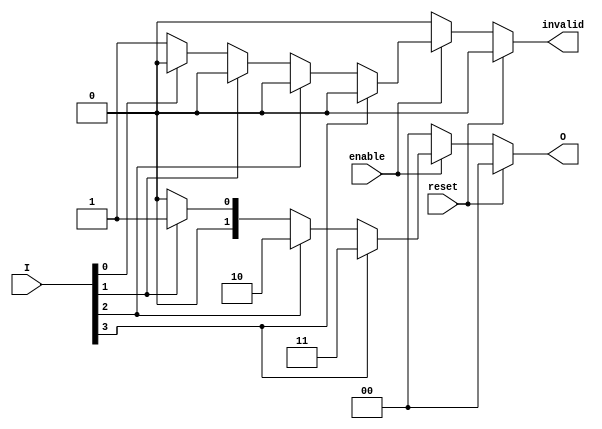
module relative_encoder (
    input wire [3:0] I,        // 4 input lines
    input wire enable,          // Enable signal
    input wire reset,           // Synchronous reset signal
    output reg [1:0] O,         // 2-bit output lines
    output reg invalid          // Invalid state indicator
);

// Combinational logic for encoding
always @(I or enable or reset) begin
    // Reset logic
    if (reset) begin
        O = 2'b00;              // Default output state
        invalid = 1'b0;        // Clear invalid state
    end else if (!enable) begin
        O = 2'b00;              // Default output when not enabled
        invalid = 1'b0;        // Clear invalid state
    end else begin
        // Priority encoding logic
        invalid = 1'b0;         // Clear invalid state by default
        case (1'b1)
            I[3]: O = 2'b11;    // Highest priority input 3
            I[2]: O = 2'b10;    // Next priority input 2
            I[1]: O = 2'b01;    // Next priority input 1
            I[0]: O = 2'b00;    // Lowest priority input 0
            default: begin
                O = 2'b00;      // Default output if no input is active
                invalid = 1'b1; // Indicate invalid state if multiple inputs active
            end
        endcase
    end
end

endmodule